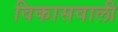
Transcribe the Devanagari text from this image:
विकासवाली